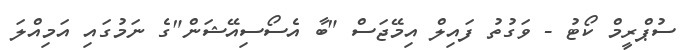
ސުޕްރީމް ކޯޓު - ވަގުތު ފައިލް އިމޭޖަސް "ބާ އެސޯސިއޭޝަން"ގެ ނަމުގައި އަމިއްލަ